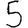
Digit: 5